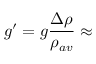
g ^ { \prime } = g \frac { \Delta \rho } { \rho _ { a v } } \approx